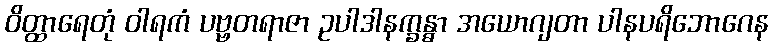
ဝိတ္ထာရေတုံ ဝါရကံ ပဗ္ဗတရာဇာ ဥပါဒါနက္ခန္ဓာ အယောဂျတာ ပါနပရိဘောဂေန